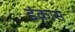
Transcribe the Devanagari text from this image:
डंकास